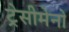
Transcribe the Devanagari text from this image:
ट्रेसीमेनो